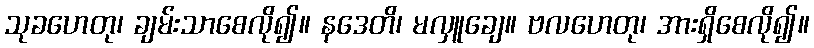
သုခဟေတု၊ ချမ်းသာစေလို၍။ နဒေတိ၊ မလှူချေ။ ဗလဟေတု၊ အားရှိစေလို၍။